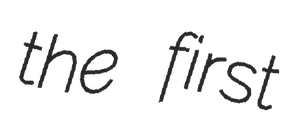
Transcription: the first